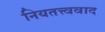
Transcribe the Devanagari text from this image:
नियतत्त्ववाद